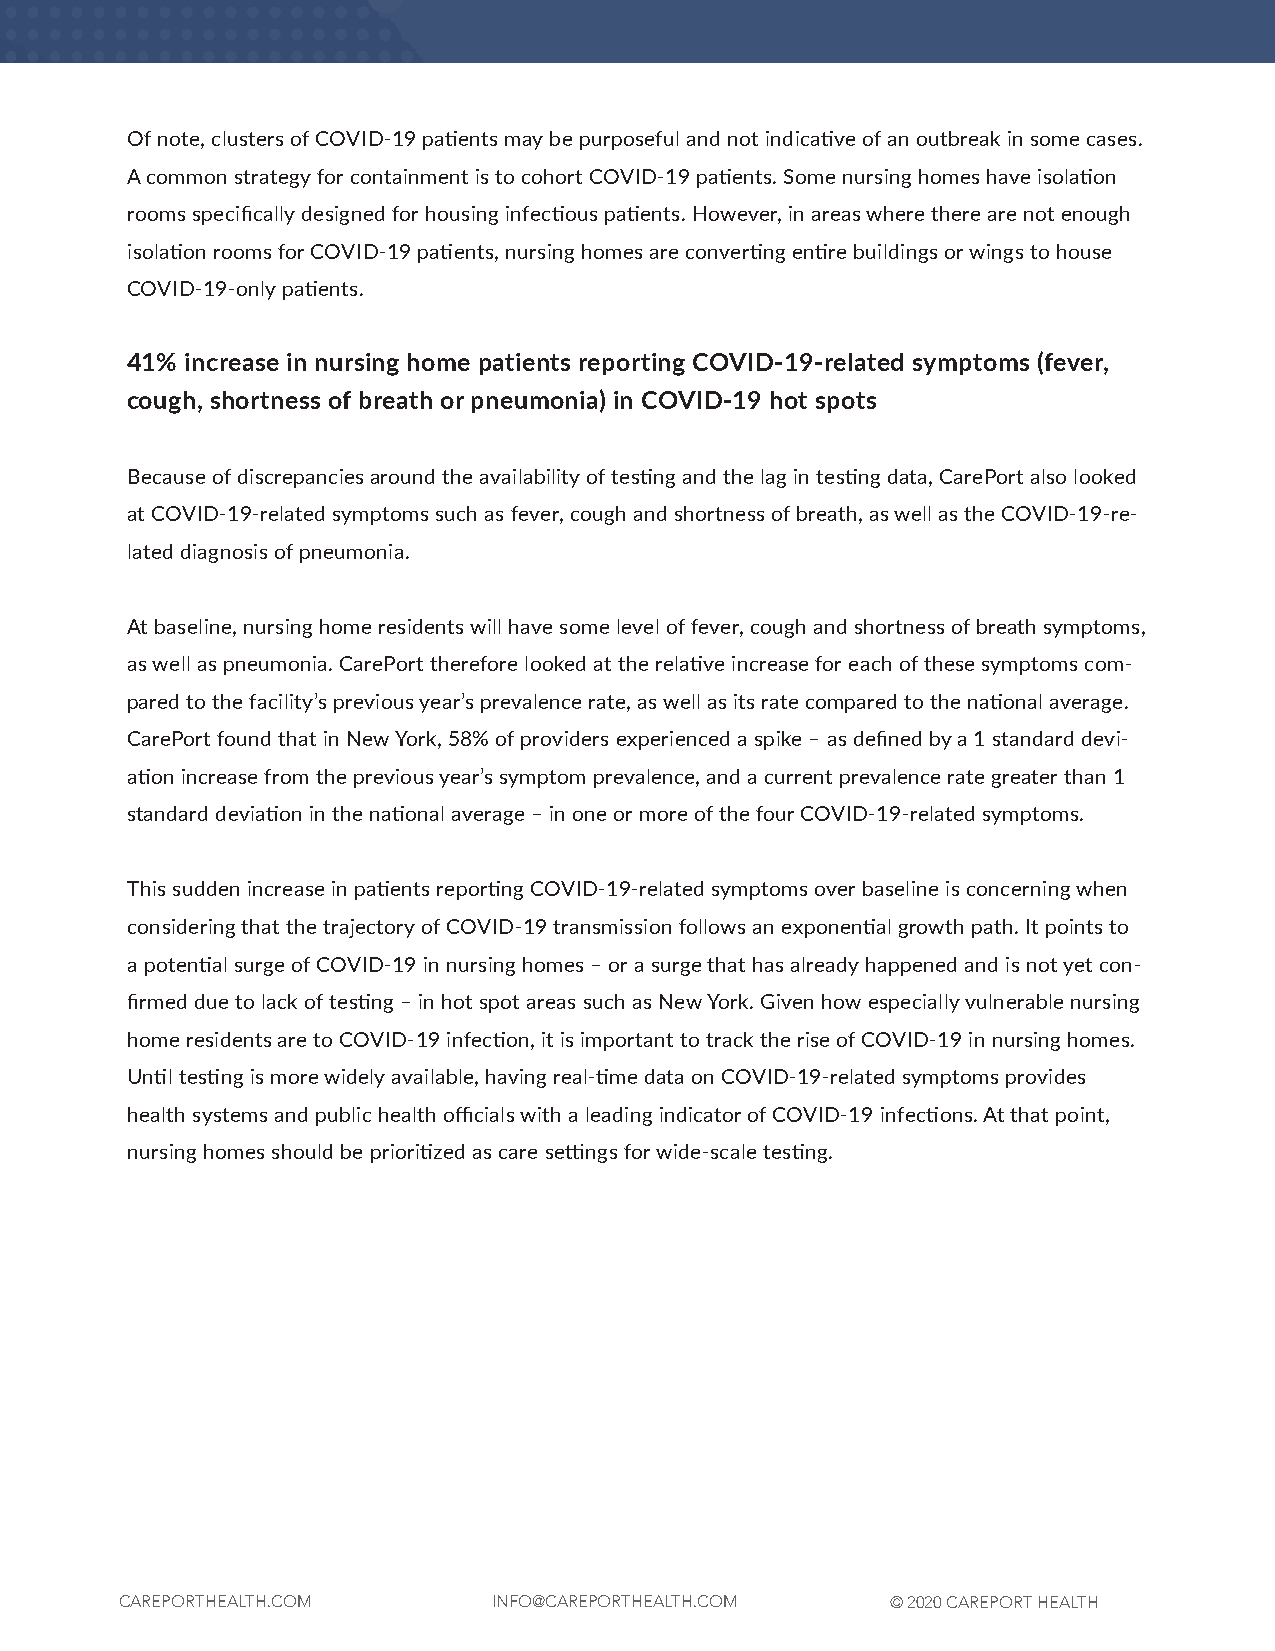
Of note, clusters of COVID-19 patients may be purposeful and not indicative of an outbreak in some cases.
 A common strategy for containment is to cohort COVID-19 patients. Some nursing homes have isolation
 rooms specifically designed for housing infectious patients. However, in areas where there are not enough
 isolation rooms for COVID-19 patients, nursing homes are converting entire buildings or wings to house
 COVID-19-only patients.
 41% increase in nursing home patients reporting COVID-19-related symptoms (fever,
 cough, shortness of breath or pneumonia) in COVID-19 hot spots
 Because of discrepancies around the availability of testing and the lag in testing data, CarePort also looked
 at COVID-19-related symptoms such as fever, cough and shortness of breath, as well as the COVID-19-re-
 lated diagnosis of pneumonia.
 At baseline, nursing home residents will have some level of fever, cough and shortness of breath symptoms,
 as well as pneumonia. CarePort therefore looked at the relative increase for each of these symptoms com-
 pared to the facility’s previous year’s prevalence rate, as well as its rate compared to the national average.
 CarePort found that in New York, 58% of providers experienced a spike – as defined by a 1 standard devi-
 ation increase from the previous year’s symptom prevalence, and a current prevalence rate greater than 1
 standard deviation in the national average – in one or more of the four COVID-19-related symptoms.
 This sudden increase in patients reporting COVID-19-related symptoms over baseline is concerning when
 considering that the trajectory of COVID-19 transmission follows an exponential growth path. It points to
 a potential surge of COVID-19 in nursing homes – or a surge that has already happened and is not yet con-
 firmed due to lack of testing – in hot spot areas such as New York. Given how especially vulnerable nursing
 home residents are to COVID-19 infection, it is important to track the rise of COVID-19 in nursing homes.
 Until testing is more widely available, having real-time data on COVID-19-related symptoms provides
 health systems and public health officials with a leading indicator of COVID-19 infections. At that point,
 nursing homes should be prioritized as care settings for wide-scale testing.
 CAREPORTHEALTH.COM       INFO@CAREPORTHEALTH.COM   © 2020 CAREPORT HEALTH